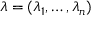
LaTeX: \lambda = ( \lambda _ { 1 } , \ldots , \lambda _ { n } )